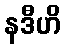
နဒီဟိ